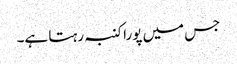
جس میں پورا کنبہ رہتا ہے۔